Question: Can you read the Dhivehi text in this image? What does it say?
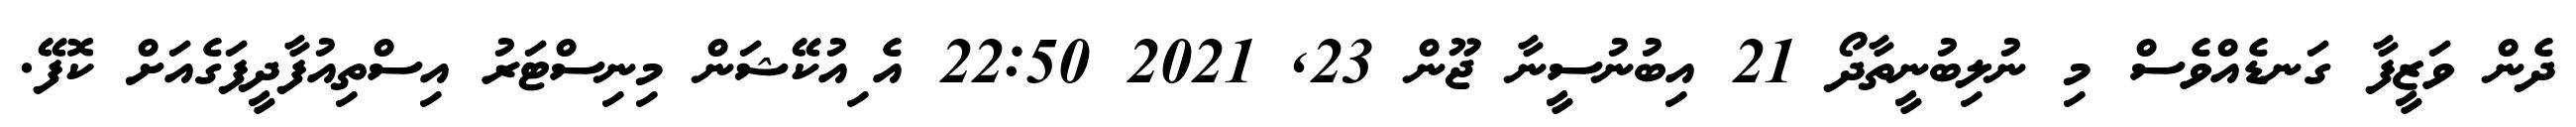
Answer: ދެން ވަޒީފާ ގަނޑެއްވެސް މި ނުލިބުނީތާދޯ 21 އިބުނުސީނާ ޖޫން 23, 2021 22:50 އެޱިއުކޭޝަން މިނިސްޓަރު އިސްތިއުފާދީފަގެއަށް ކޮފޭ.